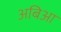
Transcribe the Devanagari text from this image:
अबिआ